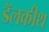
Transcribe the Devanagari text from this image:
डॅलकीथ